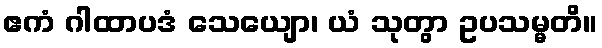
ဧကံ ဂါထာပဒံ သေယျော၊ ယံ သုတွာ ဥပသမ္မတိ။